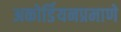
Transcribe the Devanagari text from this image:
अकोर्डियनप्रमाणे